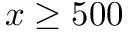
x \geq 5 0 0